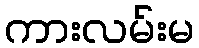
ကားလမ်းမ